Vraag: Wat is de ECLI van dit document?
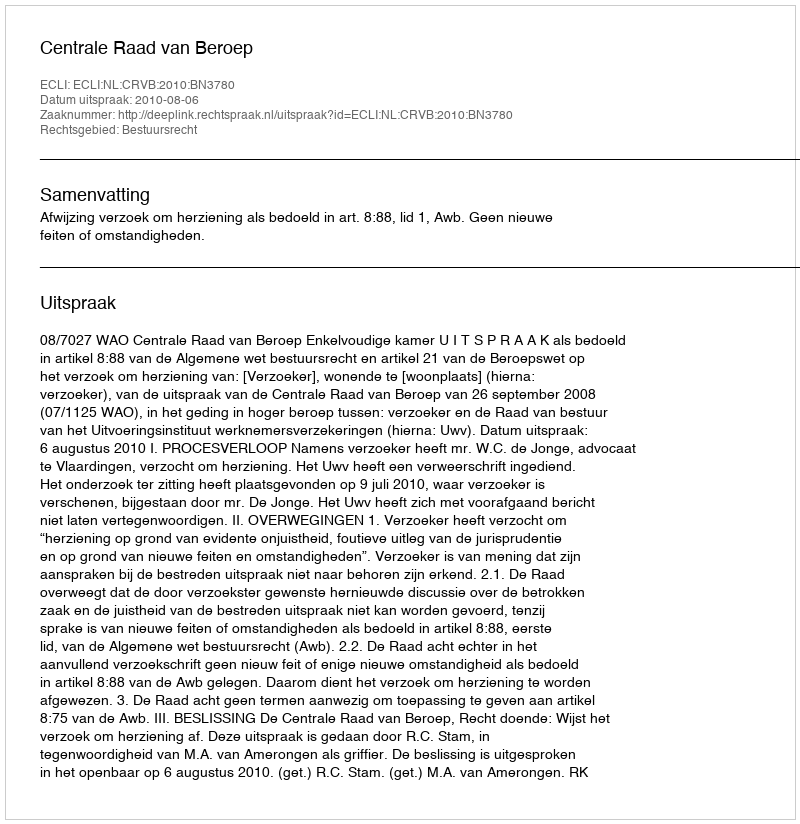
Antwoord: ECLI:NL:CRVB:2010:BN3780